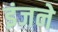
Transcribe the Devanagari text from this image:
इंजने